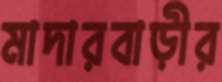
মাদারবাড়ীর